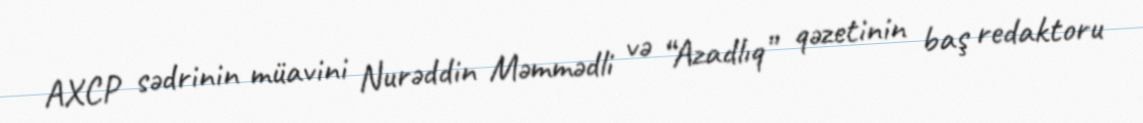
AXCP sədrinin müavini Nurəddin Məmmədli və “Azadlıq” qəzetinin baş redaktoru